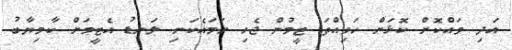
އަދި ވައްކޮށް ކޮޅަށް ހަވިއްތަ ޓީމުން ޖެހި ހަމައެކަނި ލަނޑު އެޓީމަށް ކާމިޔާބު